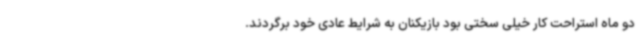
دو ماه استراحت کار خیلی سختی بود بازیکنان به شرایط عادی خود برگردند.